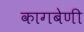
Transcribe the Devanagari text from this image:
कागबेणी